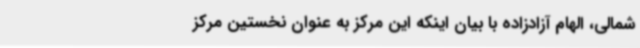
شمالی، الهام آزادزاده با بیان اینکه این مرکز به عنوان نخستین مرکز